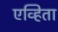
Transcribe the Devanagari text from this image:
एव्हिता